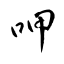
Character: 呷